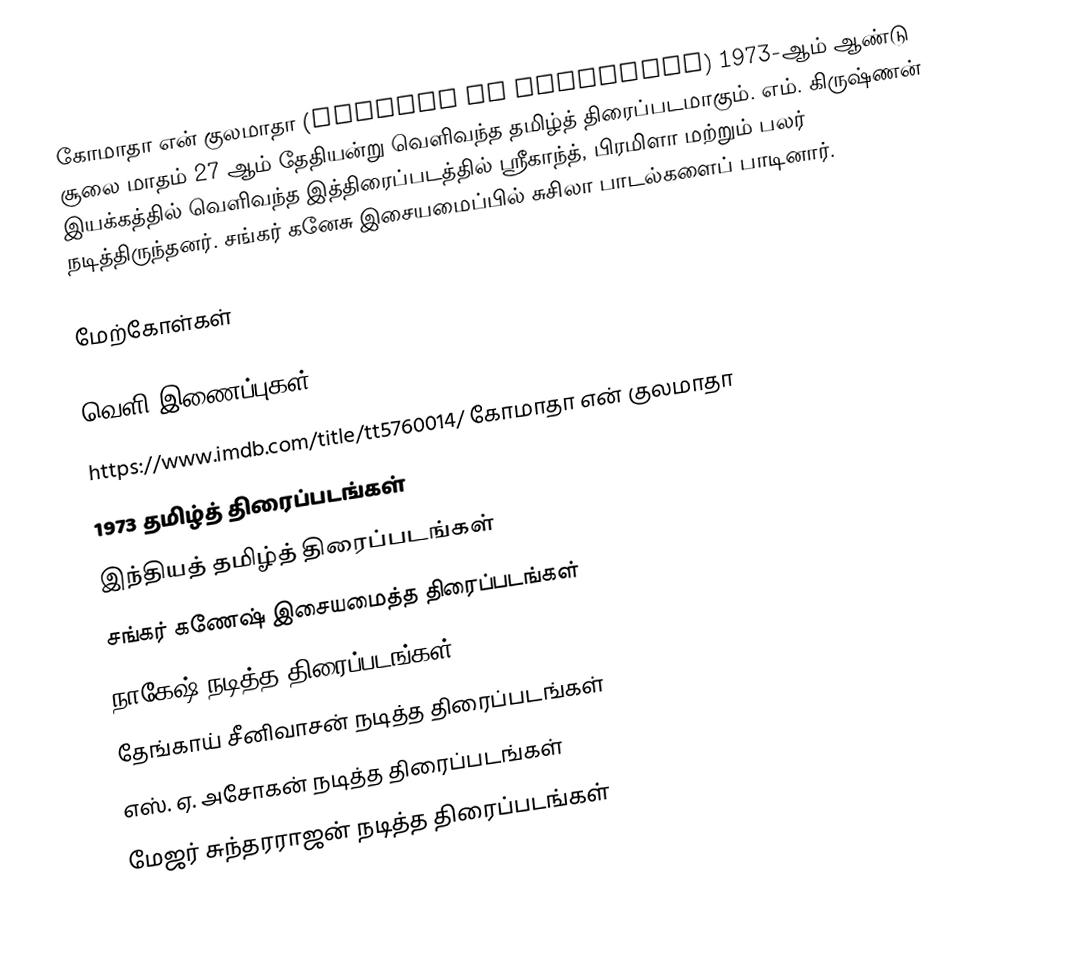
கோமாதா என் குலமாதா (Komatha En Kulamatha) 1973-ஆம் ஆண்டு சூலை மாதம் 27 ஆம் தேதியன்று வெளிவந்த தமிழ்த் திரைப்படமாகும். எம். கிருஷ்ணன் இயக்கத்தில் வெளிவந்த இத்திரைப்படத்தில் ஸ்ரீகாந்த், பிரமிளா மற்றும் பலர் நடித்திருந்தனர். சங்கர் கனேசு இசையமைப்பில் சுசிலா பாடல்களைப் பாடினார்.

மேற்கோள்கள்

வெளி இணைப்புகள்
https://www.imdb.com/title/tt5760014/ கோமாதா என் குலமாதா
1973 தமிழ்த் திரைப்படங்கள்
இந்தியத் தமிழ்த் திரைப்படங்கள்
சங்கர் கணேஷ் இசையமைத்த திரைப்படங்கள்
நாகேஷ் நடித்த திரைப்படங்கள்
தேங்காய் சீனிவாசன் நடித்த திரைப்படங்கள்
எஸ். ஏ. அசோகன் நடித்த திரைப்படங்கள்
மேஜர் சுந்தரராஜன் நடித்த திரைப்படங்கள்